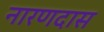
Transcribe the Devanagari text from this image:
नारणदास